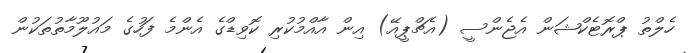
ހެލްތު ޕްރޮޓެކްޝަން އެޖެންސީ (އެޗްޕީއޭ) އިން އާއްމުކުރި ކޮވިޑްގެ އެންމެ ފަހުގެ މައުލޫމާތުތަކުން